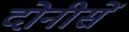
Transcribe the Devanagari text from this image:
दोनीसें